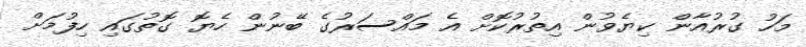
މަހު ގުރުއާން ކިޔެވުން އިތުރުކޮށް އެ މައްސަރުގެ ބޭނުން ހެޔޮ ގޮތުގައި ހިފުމަށް